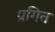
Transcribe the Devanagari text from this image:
प्रगित